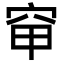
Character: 䆘